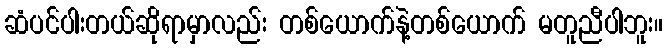
ဆံပင်ပါးတယ်ဆိုရာမှာလည်း တစ်ယောက်နဲ့တစ်ယောက် မတူညီပါဘူး။